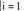
$$i = 1$$